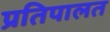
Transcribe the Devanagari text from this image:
प्रतिपालत